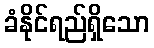
ခံနိုင်ရည်ရှိသော